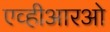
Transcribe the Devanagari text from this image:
एव्हीआरओ